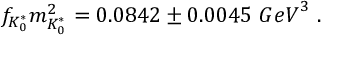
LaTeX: f _ { K _ { 0 } ^ { * } } m _ { K _ { 0 } ^ { * } } ^ { 2 } = 0 . 0 8 4 2 \pm 0 . 0 0 4 5 \ { G e V } ^ { 3 } \ .